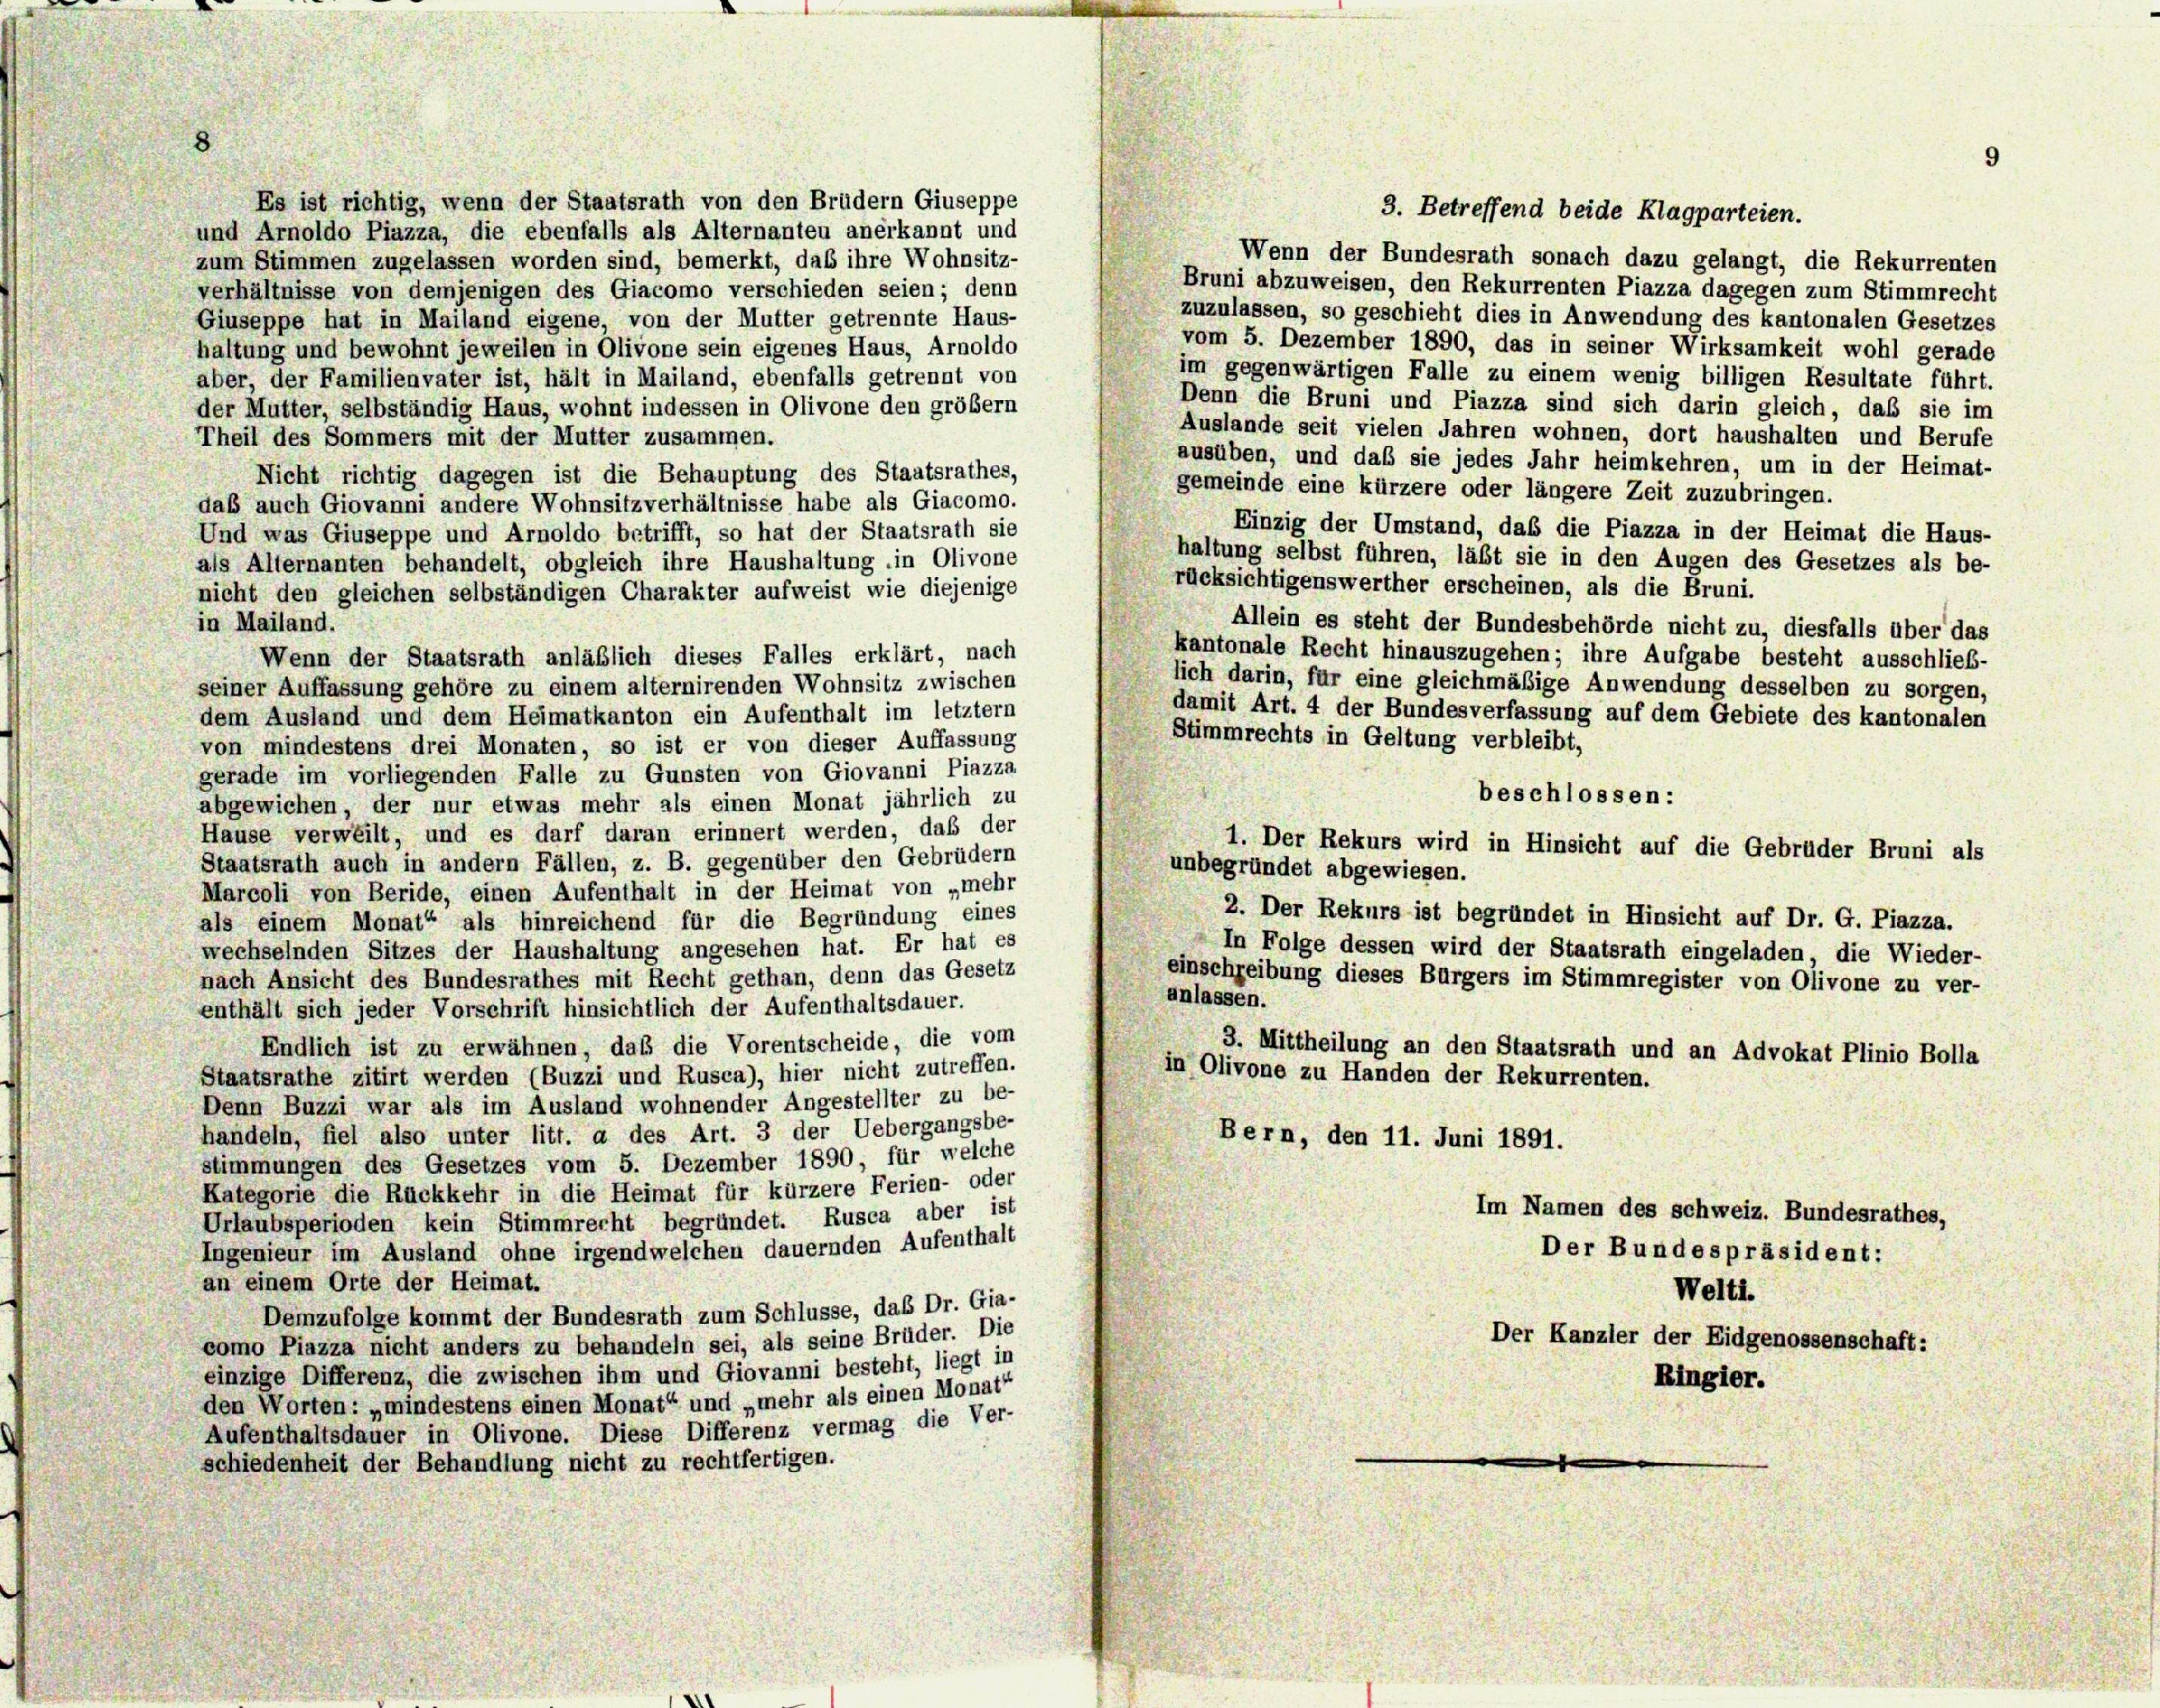
Es ist richtig, wenn der Staatsrath von den Brüdern Giuseppe
3. Betreffend beide Klagparteien.
und Arnoldo Piazza, die ebenfalls als Alternanten anerkannt und
Wenn der Bundesrath sonach dazu gelangt, die Rekurrenten
zum Stimmen zugelassen worden sind, bemerkt, das ihre Wohnsitz-
Bruni abzuweisen, den Rekurrenten Piazza dagegen zum Stimmrecht
verhältnisse von demjenigen des Giacomo verschieden seien; denn
zuzulassen, so geschieht dies in Anwendung des kantonalen Gesetzes
Giuseppe hat in Mailand eigene, von der Mutter getrennte Haus-
vom 5. Dezember 1890, das in seiner Wirksamkeit wohl gerade
haltung und bewohnt jeweilen in Olivone sein eigenes Haus, Arnoldo
im gegenwärtigen Falle zu einem wenig billigen Resultate führt.
aber, der Familienvater ist, hält in Mailand, ebenfalls getrennt von
Denn die Bruni und Piazza sind sich darin gleich, daß sie im
der Mutter, selbständig Haus, wohnt indessen in Olivone den größer
Auslande seit vielen Jahren wohnen, dort haushalten und Berufe
Theil des Sommers mit der Mutter zusammen.
ausüben, und daß sie jedes Jahr heimkehren, um in der Heimat-
Nicht richtig dagegen ist die Behauptung des Staatsrathes,
gemeinde eine kürzere oder längere Zeit zuzubringen.
daß auch Giovanni andere Wohnsitzverhältnisse habe als Giacomo.
Einzig der Umstand, das die Piazza in der Heimat die Haus-
Und was Giuseppe und Arnoldo betrifft, so hat der Staatsrath sie
haltung selbst führen, läßt sie in den Augen des Gesetzes als be-
als Alternanten behandelt, obgleich ihre Haushaltung in Olivone
rücksichtigenswerther erscheinen, als die Bruni.
nicht den gleichen selbständigen Charakter aufweist wie diejenige
in Mailand.
Allein es steht der Bundesbehörde nicht zu, diesfalls über das
kantonale Recht hinauszugehen; ihre Aufgabe besteht ausschließ-
Wenn der Staatsrath anläßlich dieses Falles erklärt, nach
lich darin, für eine gleichmäßige Anwendung desselben zu sorgen,
seiner Auffassung gehöre zu einem alternirenden Wohnsitz zwischen
damit Art. 4 der Bundesverfassung auf dem Gebiete des kantonalen
dem Ausland und dem Heimatkanton ein Aufenthalt im letztem
Stimmrechts in Geltung verbleibt,
von mindestens drei Monaten, so ist er von dieser Auffassung
gerade im vorliegenden Falle zu Gunsten von Giovanni Piazza
beschlossen:
abgewichen, der nur etwas mehr als einen Monat jährlich zu
Hause verweilt, und es darf daran erinnert werden, daß der
1. Der Rekurs wird in Hinsicht auf die Gebrüder Bruni als
Staatsrath auch in andern Fällen, z. B. gegenüber den Gebrüdern
unbegründet abgewiesen.
Marcoli von Beride, einen Aufenthalt in der Heimat von „mehr
2. Der Rekurs ist begründet in Hinsicht auf Dr. G. Piazza.
als einem Monat“ als hinreichend für die Begründung eines
In Folge dessen wird der Staatsrath eingeladen, die Wieder-
wechselnden Sitzes der Haushaltung angesehen hat. Er hat es
einschreibung dieses Bürgers im Stimmregister von Olivone zu ver-
nach Ansicht des Bundesrathes mit Recht gethan, denn das Gesetz
anlassen.
enthält sich jeder Vorschrift hinsichtlich der Aufenthaltsdauer.
Endlich ist zu erwähnen, daß die Vorentscheide, die vom
3. Mittheilung an den Staatsrath und an Advokat Plinio Bolla
in Olivone zu Handen der Rekurrenten.
Staatsrathe zitirt werden (Buzzi und Rusca), hier nicht zutreffen.
Denn Buzzi war als im Ausland wohnender Angestellter zu be-
handeln, fiel also unter litt. a des Art. 3 der Uebergangsbe-
Bern, den 11. Juni 1891.
stimmungen des Gesetzes vom 5. Dezember 1890, für welche
Kategorie die Rückkehr in die Heimat für kürzere Ferien- oder
Im Namen des schweiz. Bundesrathes,
Urlaubsperioden kein Stimmrecht begründet. Rusca aber ist
Ingenieur im Ausland ohne irgendwelchen dauernden Aufenthalt
Der Bundespräsident:
an einem Orte der Heimat.
Welti.
Demzufolge kommt der Bundesrath zum Schlüsse, das Dr. Gia-
Der Kanzler der Eidgenossenschaft:
como Piazza nicht anders zu behandeln sei, als seine Brüder. Die
einzige Differenz, die zwischen ihm und Giovanni besteht, liegt in
Ringier.
den Worten: „mindestens einen Monat“ und „mehr als einen Monat“
Aufenthaltsdauer in Olivone. Diese Differenz vermag die Ver-
schiedenheit der Behandlung nicht zu rechtfertigen.